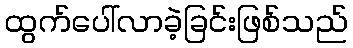
ထွက်ပေါ်လာခဲ့ခြင်းဖြစ်သည်